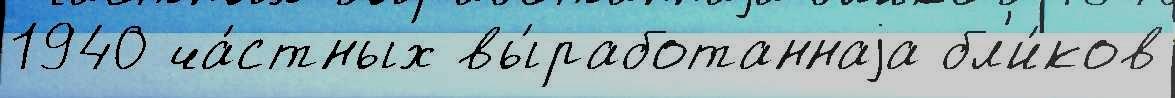
1940 ча́стных вы́работаннаjа бл'и́ков